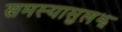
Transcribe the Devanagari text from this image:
समस्यासुलझ